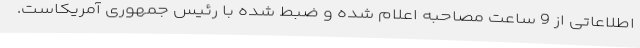
اطلاعاتی از 9 ساعت مصاحبه اعلام شده و ضبط شده با رئیس جمهوری آمریکاست.